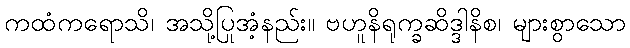
ကထံကရောသိ၊ အသို့ပြုအံ့နည်း။ ဗဟူနိရုက္ခဆိဒ္ဒါနိစ၊ များစွာသော